Vaccine operations Central Provinces & Berar 1922-1929 - 1922-1929
Year: 1922
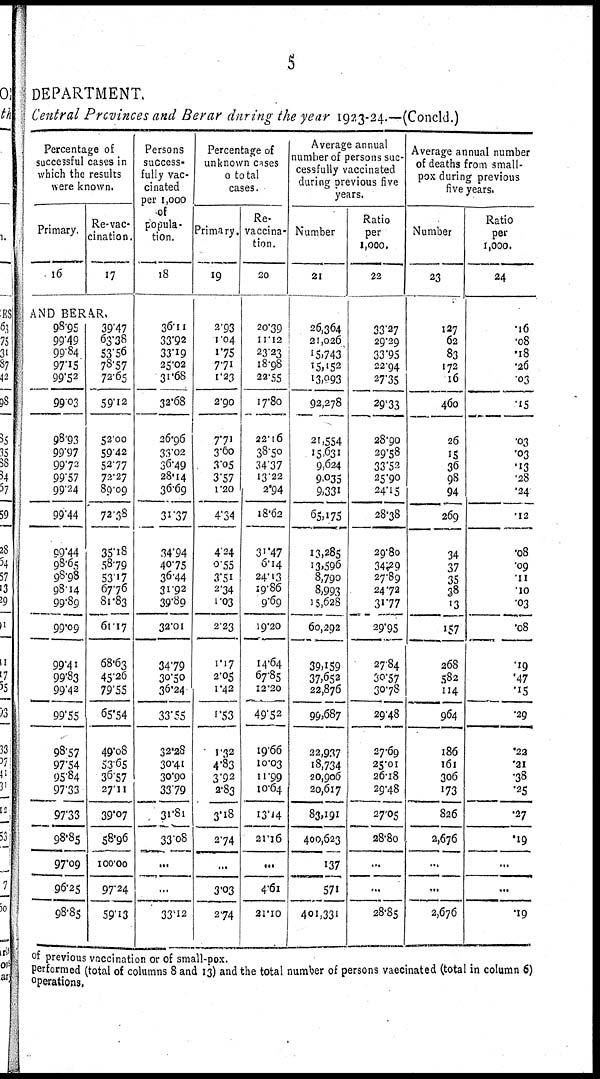
5
DEPARTMENT.
Central Provinces and Berar during the year 1923-24.—(Concld.)
Percentage of
successful cases in
which the results
were known.
Primary.
16
Re-vac-
cination.
17
AND BERAR.
98.95
99.49
99.84
97.15
99.52
99.03
98.93
99.97
99.73
99.57
99.24
99.44
99.44
98.65
98.98
98.14
99.89
99.09
99.41
99.83
99.42
99.55
98.57
97.54
95.84
97.33
97.33
98.85
97.09
96.25
98.85
39.47
63.38
53.56
78.57
72.65
59.12
52.00
59.42
52.77
72.27
89.09
72.38
35.18
58.79
53.17
67.76
81.83
61.17
68.63
45.26
79.55
65.54
49.08
53.65
36.57
27.11
39.07
58.96
100.00
97.24
59.13
Persons
success-
fully vac-
cinated
per 1,000
of
popula-
tion.
18
36.11
33.92
33.19
25.02
31.68
32.68
26.96
33.02
36.49
28.14
36.69
31.37
34.94
40.75
36.44
31.92
39.89
32.01
34.79
30.50
36.24
33.55
32.28
30.41
30.90
33.79
31.81
33.08
...
...
33.12
Percentage of
unknown cases
0 total
cases.
Primary.
19
2.93
1.04
1.75
7.71
1.23
2.90
7.71
3.60
3.05
3.57
1.20
4.34
4.24
0.55
3.51
2.34
1.03
2.23
1.17
2.05
1.42
1.53
1.32
4.83
3.92
2.83
3.18
2.74
...
3.03
2.74
Re¬
vaccina-
tion.
20
20.39
11.12
23.23
18.98
22.55
17.80
22.16
38.50
34.37
13.22
2.94
18.62
31.47
6.14
24.13
19.86
9.69
19.20
14.64
67.85
12.20
49.52
19.66
10.03
11.99
10.64
13.14
21.16
...
4.61
21.10
Average annual
number of persons suc-
cessfully vaccinated
during previous five
years.
Number
21
26,364
21,026
15,743
15,152
13,093
92,278
21,554
15,631
9,624
9,035
9,331
65,175
13,285
13,596
8,790
8,993
15,628
60,292
39,159
37,652
22,876
99,687
22,937
18,734
20,906
20,617
83,191
400,623
137
571
401,331
Ratio
per
1,000.
22
33.27
29.29
33.95
22.94
27.35
29.33
28.90
29.58
33.52
25.90
24.15
28.38
29.80
34.29
27.89
24.72
31.77
29.95
27.84
30.57
30.78
29.48
27.69
25.01
26.18
29.48
27.05
28.80
...
...
28.85
Average annual number
of deaths from small-
pox during previous
five years.
Number
23
127
62
83
172
16
460
26
15
36
98
94
269
34
37
35
38
13
157
268
582
114
964
186
161
306
173
826
2,676
...
...
2,676
Ratio
per
1,000.
24
.16
.08
.18
.26
.03
.15
.03
.03
.13
.28
.24
.12
.08
.09
.11
.10
.03
.08
.19
.47
.15
.29
.22
.21
.38
.25
.27
.19
...
...
.19
of previous vaccination or of small-pox.
performed (total of columns 8 and 13) and the total number of persons vaccinated (total in column 6)
operations.